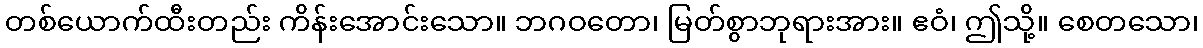
တစ်ယောက်ထီးတည်း ကိန်းအောင်းသော။ ဘဂဝတော၊ မြတ်စွာဘုရားအား။ ဧဝံ၊ ဤသို့။ စေတသော၊